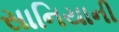
સાનિયાની